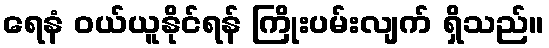
ရေနံ ဝယ်ယူနိုင်ရန် ကြိုးပမ်းလျက် ရှိသည်။